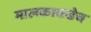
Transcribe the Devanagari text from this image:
मालकाकडेच